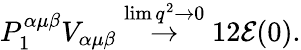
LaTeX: P_{1}^{\alpha\mu\beta}V_{\alpha\mu\beta}\stackrel{\operatorname*{lim}q^{2}\rightarrow 0}{\rightarrow}12{\cal E}(0).